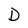
Character: D